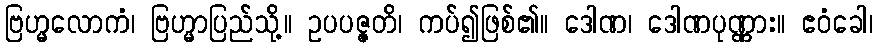
ဗြဟ္မလောကံ၊ ဗြဟ္မာပြည်သို့။ ဥပပဇ္ဇတိ၊ ကပ်၍ဖြစ်၏။ ဒေါဏ၊ ဒေါဏပုဏ္ဏား။ ဧဝံခေါ၊